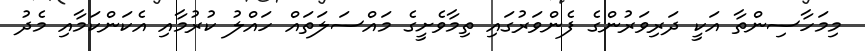
މިމަހާސިންތާ އަކީ ދަރިވަރުންގެ ފެންވަރުގައި ތިމާވެށީގެ މައްސަލަތައް ހައްލު ކުރުމާއި އެކަންކަމާއި މެދު